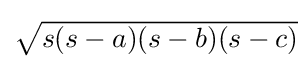
\textstyle ~\!\!{\sqrt {s(s-a)(s-b)(s-c)}}\!